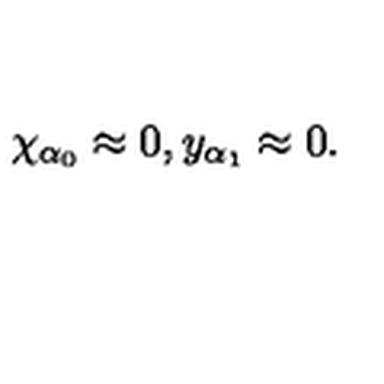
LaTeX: \chi _ { \alpha _ { 0 } } \approx 0 , y _ { \alpha _ { 1 } } \approx 0 .